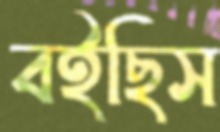
বইছিস